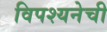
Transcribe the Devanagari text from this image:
विपश्यनेची